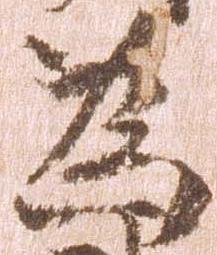
為